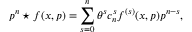
p ^ { n } \star f ( x , p ) = \sum _ { s = 0 } ^ { n } \theta ^ { s } c _ { n } ^ { s } f ^ { ( s ) } ( x , p ) p ^ { n - s } ,